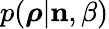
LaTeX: p(\boldsymbol{\rho}|{\mathbf n},\beta)